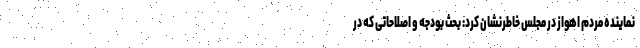
نماینده مردم اهواز در مجلس خاطرنشان کرد: بحث بودجه و اصلاحاتی که در